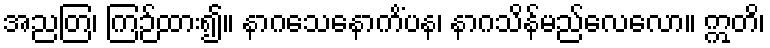
အညတြ၊ ကြဉ်ထား၍။ နာဂသေနောကိံပန၊ နာဂသိန်မည်လေလော။ ဣတိ၊